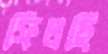
ফিলছি